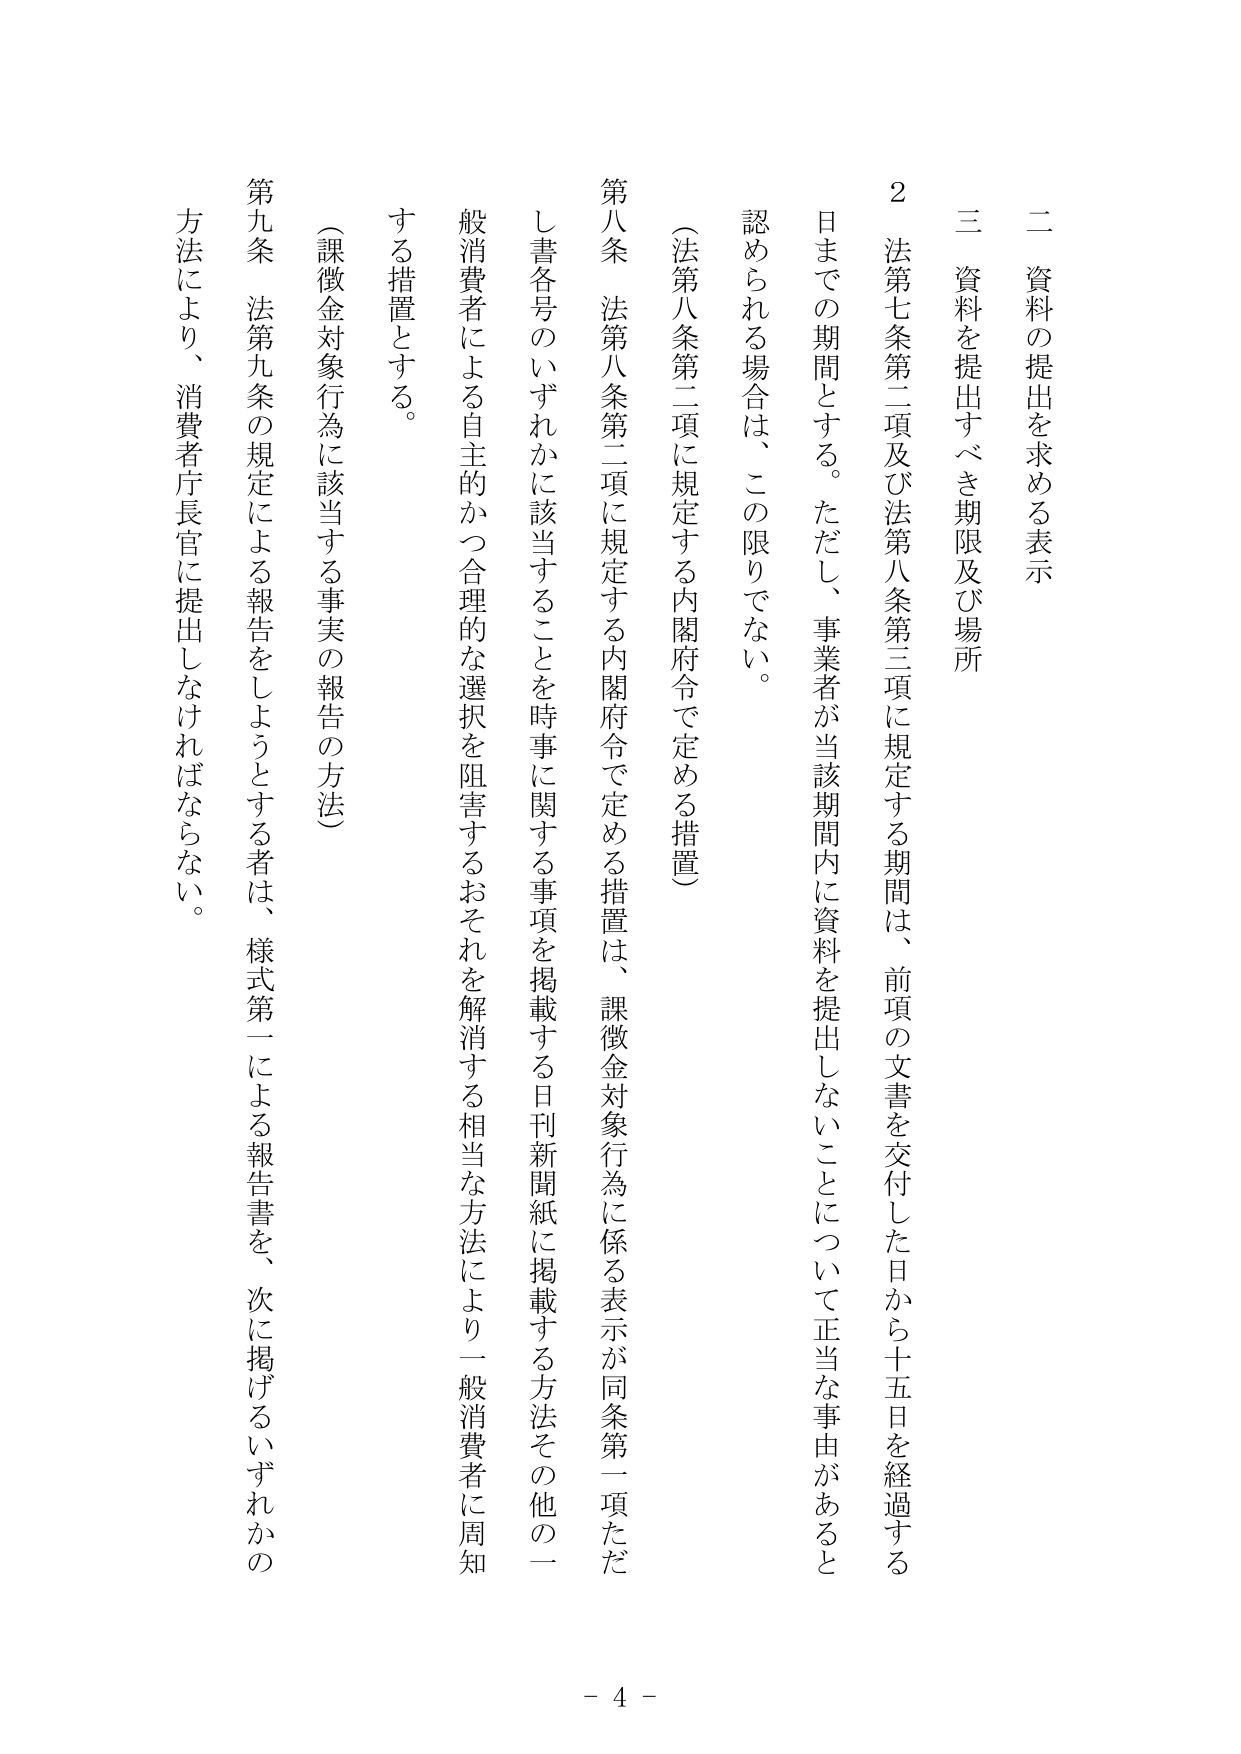
二 資料の提出を求める表示
三 資料を提出すべき期限及び場所

２ 法第七条第二項及び法第八条第三項に規定する期間は、前項の文書を交付した日から十五日を経過する日までの期間とする。ただし、事業者が当該期間内に資料を提出しないことについて正当な事由があると認められる場合は、この限りでない。

（法第八条第二項に規定する内閣府令で定める措置）
第八条 法第八条第二項に規定する内閣府令で定める措置は、課徴金対象行為に係る表示が同条第一項ただし書各号のいずれかに該当することを時事に関する事項を掲載する日刊新聞紙に掲載する方法その他的一般消費者による自主的かつ合理的な選択を阻害するおそれを解消する相当な方法により一般消費者に周知する措置とする。

（課徴金対象行為に該当する事実の報告の方法）
第九条 法第九条の規定による報告をしようとする者は、様式第一による報告書を、次に掲げるいずれかの方法により、消費者庁長官に提出しなければならない。

- 4 -